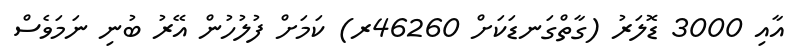
އާއި 3000 ޑޮލަރު (ގާތްގަނޑަކަށް 46260ރ) ކަމަށް ފުލުހުން އޭރު ބުނި ނަމަވެސް